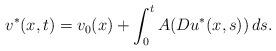
LaTeX: \begin{align*}v^*(x,t)=v_0(x)+\int_0^t A(Du^*(x,s))\,ds.\end{align*}